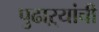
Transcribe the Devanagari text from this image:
पुढाऱ्यांची